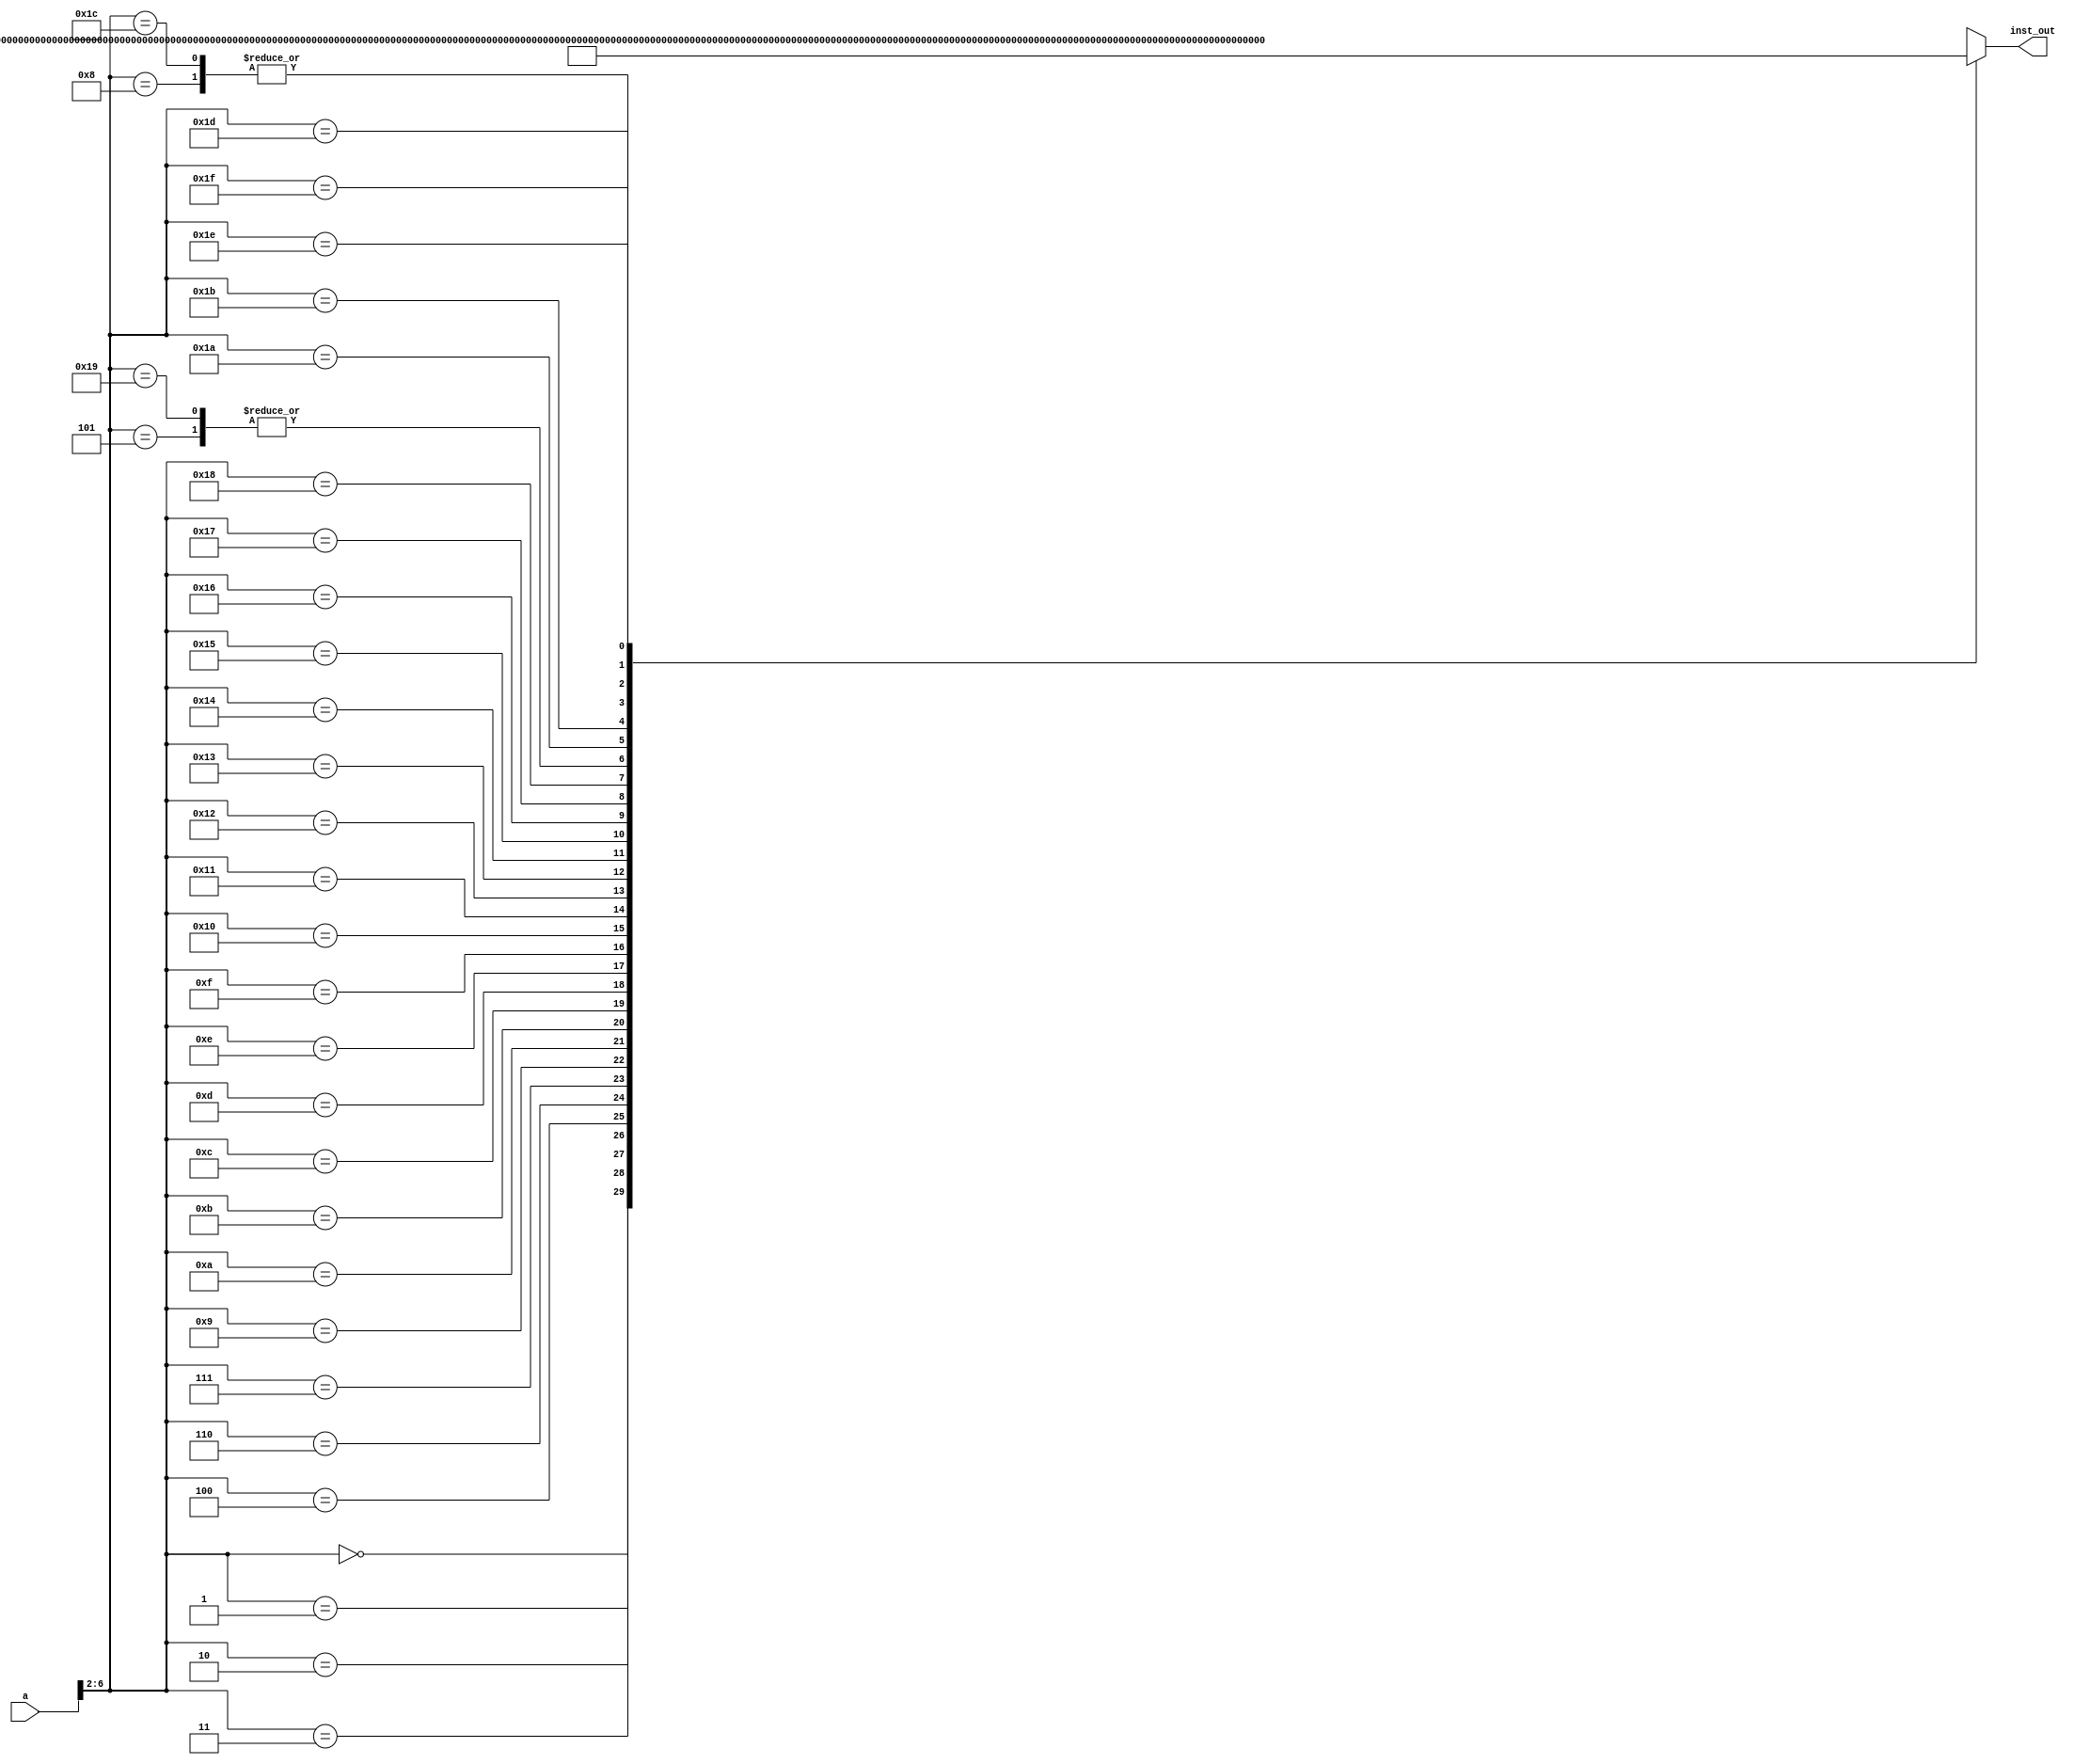
module INST_MEM(
	input[31:0] a,
	output[31:0] inst_out    );

	wire[31:0] rom[0:31];

	assign rom[5'h0] = 32'h3c010000;
	assign rom[5'h1] = 32'h34240050;
	assign rom[5'h2] = 32'h20050004;
	assign rom[5'h3] = 32'h0c000018;
	assign rom[5'h4] = 32'hac820000;
	assign rom[5'h5] = 32'h8c890000;
	assign rom[5'h6] = 32'h01244022;
	assign rom[5'h7] = 32'h20050003;
	assign rom[5'h8] = 32'h20a5ffff;
	assign rom[5'h9] = 32'h34a8ffff;
	assign rom[5'ha] = 32'h39085555;
	assign rom[5'hb] = 32'h2009ffff;
	assign rom[5'hc] = 32'h3124ffff;
	assign rom[5'hd] = 32'h01493025;
	assign rom[5'he] = 32'h01494026;
	assign rom[5'hf] = 32'h01463824;
	assign rom[5'h10] = 32'h10a00001;
	assign rom[5'h11] = 32'h08000008;
	assign rom[5'h12] = 32'h2005ffff;
	assign rom[5'h13] = 32'h000543c0;
	assign rom[5'h14] = 32'h00084400;
	assign rom[5'h15] = 32'h00084403;
	assign rom[5'h16] = 32'h000843c2;
	assign rom[5'h17] = 32'h08000017;
	assign rom[5'h18] = 32'h00004020;
	assign rom[5'h19] = 32'h8c890000;
	assign rom[5'h1a] = 32'h20840004;
	assign rom[5'h1b] = 32'h01094020;
	assign rom[5'h1c] = 32'h20a5ffff;
	assign rom[5'h1d] = 32'h14a0fffb;
	assign rom[5'h1e] = 32'h00081000;
	assign rom[5'h1f] = 32'h03e00008;

	assign inst_out = rom[a[6:2]];

endmodule